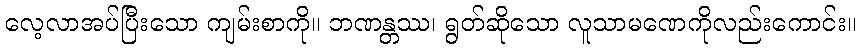
လေ့လာအပ်ပြီးသော ကျမ်းစာကို။ ဘဏန္တဿ၊ ရွတ်ဆိုသော လူသာမဏေကိုလည်းကောင်း။